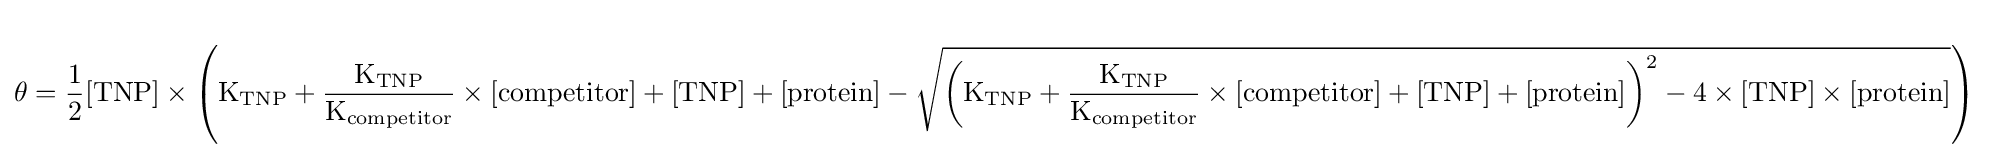
\theta ={\frac {1}{2}}\mathrm {[TNP]} \times \left(\mathrm {K_{TNP}} +{\frac {\mathrm {K_{TNP}} }{\mathrm {K_{competitor}} }}\times \mathrm {[competitor]} +\mathrm {[TNP]} +\mathrm {[protein]} -{\sqrt {\left(\mathrm {K_{TNP}} +{\frac {\mathrm {K_{TNP}} }{\mathrm {K_{competitor}} }}\times \mathrm {[competitor]} +\mathrm {[TNP]} +\mathrm {[protein]} \right)^{2}-4\times \mathrm {[TNP]} \times \mathrm {[protein]} }}\right)